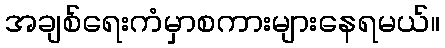
အချစ်ရေးကံမှာစကားများနေရမယ်။